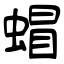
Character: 蝐